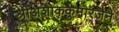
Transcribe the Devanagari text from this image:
श्रीअशोककुमारजैन